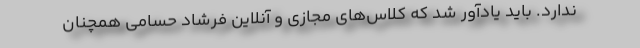
ندارد. باید یادآور شد که کلاس‌های مجازی و آنلاین فرشاد حسامی همچنان